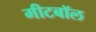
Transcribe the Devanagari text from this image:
मीटबॉल